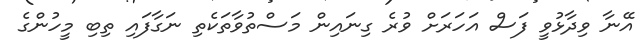
އޭނާ ވިދާޅުވީ ފަސް އަހަރަށް ވުރެ ގިނައިން މަސްތުވާތަކެތި ނަގާފައި ތިބި މީހުންގެ